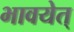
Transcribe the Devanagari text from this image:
भावयेत्‌